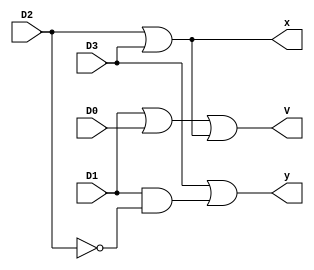
module lab1 (D0,D1,D2,D3,x,y,V);

input D0,D1,D2,D3;
output x,y,V;
wire and1O,D2n;

or or1 (y,D3,and1o);
not not1 (D2n,D2);
and and1 (and1o,D1,D2n);
or or2 (x,D2,D3);
or or3 (V,D1,D0,x);

endmodule